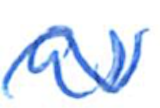
Text: as
Cross-out: mix
Writing tool: ballpoint